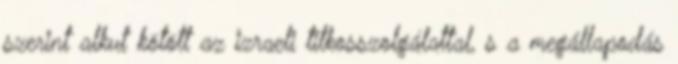
szerint alkut kötött az izraeli titkosszolgálattal, s a megállapodás